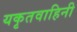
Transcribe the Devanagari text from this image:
यकृतवाहिनी